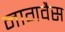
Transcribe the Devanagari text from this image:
नागवैस